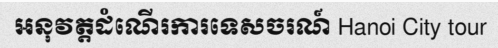
អនុវត្តដំណើរការទេសចរណ៍ Hanoi City tour